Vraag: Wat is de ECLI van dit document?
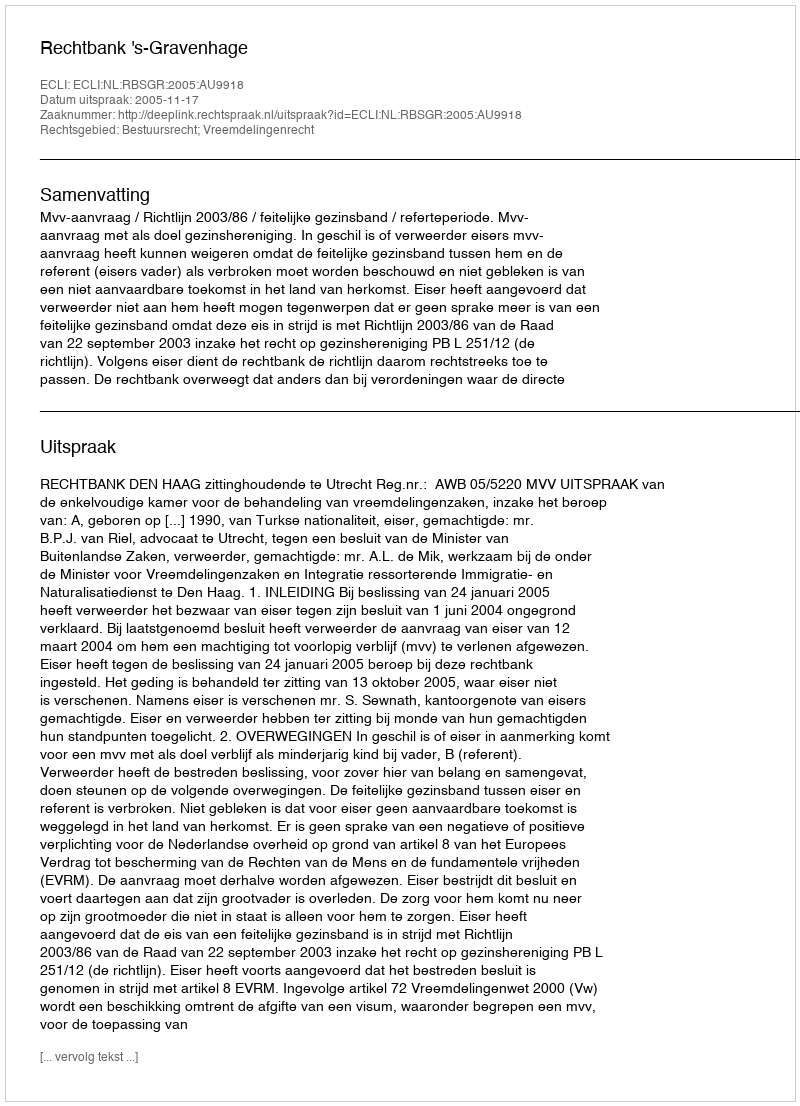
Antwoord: ECLI:NL:RBSGR:2005:AU9918